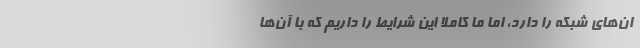
ان‌های شبکه را دارد، اما ما کاملاً این شرایط را داریم که با آن‌ها